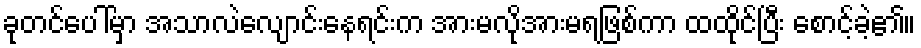
ခုတင်ပေါ်မှာ အသာလဲလျောင်းနေရင်းက အားမလိုအားမရဖြစ်ကာ ထထိုင်ပြီး စောင့်ခဲ့၏။